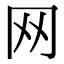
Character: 网